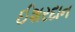
ઈશરદાન